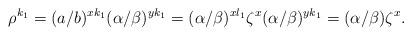
LaTeX: \begin{align*} \rho^{k_1}=(a/b)^{xk_1}(\alpha/\beta)^{yk_1}=(\alpha/\beta)^{xl_1}\zeta^x(\alpha/\beta)^{yk_1}=(\alpha/\beta)\zeta^x.\end{align*}